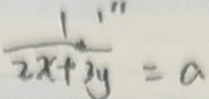
\frac { 1 } { 2 x + 3 y } = a